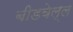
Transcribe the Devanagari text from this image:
बीडवेल्ल